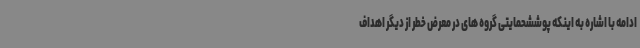
ادامه با اشاره به اینکه پوششحمایتی گروه های در معرض خطر از دیگر اهداف